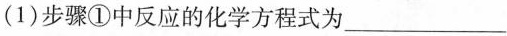
(1)步骤①中反应的化学方程式为___